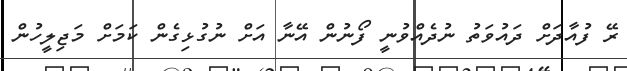
ރޭ ފުއާދަށް ދައުވަތު ނުދެއްވުނީ ފޯނުން އޭނާ އަށް ނުގުޅިގެން ކަމަށް މަޖިލީހުން